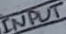
Text: INPUT